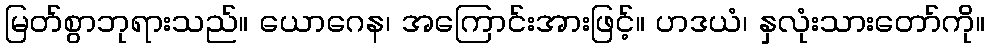
မြတ်စွာဘုရားသည်။ ယောဂေန၊ အကြောင်းအားဖြင့်။ ဟဒယံ၊ နှလုံးသားတော်ကို။